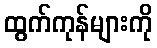
ထွက်ကုန်များကို